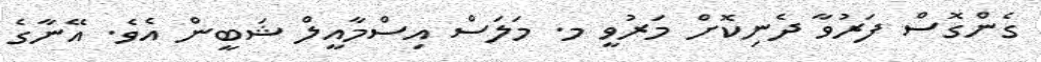
ގެންގޮސް ފަރުވާ ދެނިކޮށް މަރުވީ މ. މަލަސް އިސްމާާއީލް ޝަބީން އެވެ. އޭނާގެ